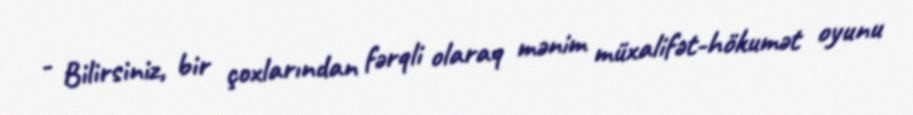
- Bilirsiniz, bir çoxlarından fərqli olaraq mənim müxalifət-hökumət oyunu